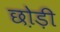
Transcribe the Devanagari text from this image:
छो़ड़ी